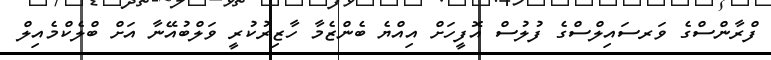
ފްރާންސްގެ ވަރސައިލްސްގެ ފުލުސް އޮފީހަށް އިއްޔެ ބެންޒެމާ ހާޒިރުކުރީ ވަލްބުއޭނާ އަށް ބްލެކްމެއިލް